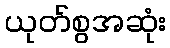
ယုတ်စွအဆုံး